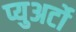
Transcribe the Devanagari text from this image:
प्युअर्टो